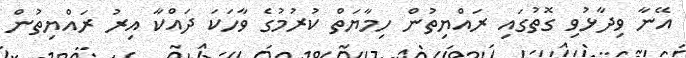
އޭނާ ވިދާޅުވި ގޮތުގައި ރައްޔިތުން ހިމާޔަތް ކުރުމުގެ ވާހަކަ ދައްކާ އިރު ރައްޔިތުން